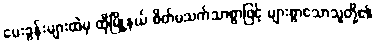
မေးခွန်းများထဲမှ ထိုမြို့နယ် စိတ်မသက်သာစွာဖြင့် များစွာသောသူတို့၏